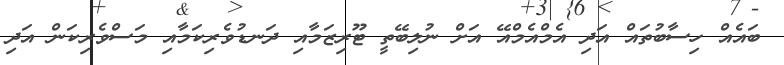
ބައެއް ހިސާބުތައް އަދި އެމްއެމްއޭ އަށް ނުލިބޭތީ ޓޫރިޒަމާއި ދަނޑުވެރިކަމާއި މަސްވެރިކަން އަދި